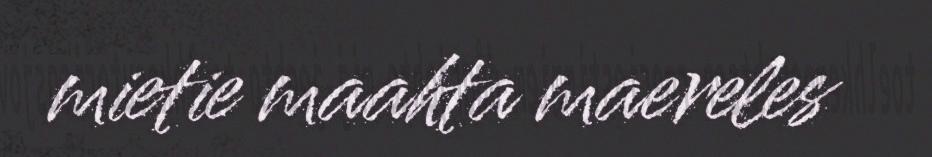
mietie maahta maereles